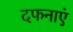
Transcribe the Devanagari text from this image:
दफनाएं